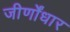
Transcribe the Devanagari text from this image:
जीर्णोंधार